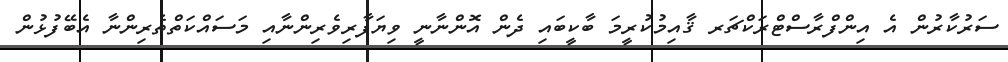
ސަރުކާރުން އެ އިންފްރާސްޓްރަކްޗަރ ޤާއިމުކުރީމަ ބާކީބައި ދެން އޮންނާނީ ވިޔަފާރިވެރިންނާއި މަސައްކަތްތެރިންނާ އެބޭފުޅުން